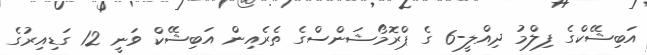
އަބިޝޭކްގެ ފިލްމު ދިއްލީ-6 ގެ ޕްރޮމޯޝަންސްގެ ތެރެއިން އަބިޝޭކް ވަނީ 12 ގަޑިއިރުގެ